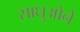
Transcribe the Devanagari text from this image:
साधुओने